Report on vaccination in the Province of Bengal - 1869-1873
Year: 1869
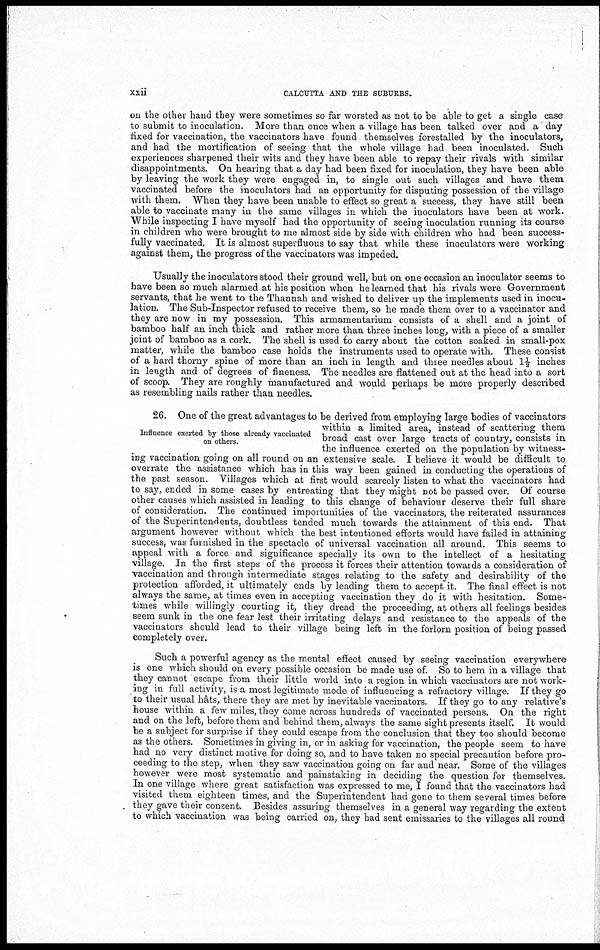
xxii
CALCUTTA AND THE SUBURBS.
on the other hand they were sometimes so far worsted as not to be able to get a single case
to submit to inoculation. More than once when a village has been talked over and a day
fixed for vaccination, the vaccinators have found themselves forestalled by the inoculators,
and had the mortification of seeing that the whole village had been inoculated. Such
experiences sharpened their wits and they have been able to repay their rivals with similar
disappointments. On hearing that a day had been fixed for inoculation, they have been able
by leaving the work they were engaged in, to single out such villages and have them
vaccinated before the inoculators had an opportunity for disputing possession of the village
with them. When they have been unable to effect so great a success, they have still been
able to vaccinate many in the same villages in which the inoculators have been at work.
While inspecting I have myself had the opportunity of seeing inoculation running its course
in children who were brought to me almost side by side with children who had been success-
fully vaccinated. It is almost superfluous to say that while these inoculators were working
against them, the progress of the vaccinators was impeded.
Usually the inoculators stood their ground well, but on one occasion an inoculator seems to
have been so much alarmed at his position when he learned that his rivals were Government
servants, that he went to the Thannah and wished to deliver up the implements used in inocu-
lation. The Sub-Inspector refused to receive them, so he made them over to a vaccinator and
they are now in my possession. This armamentarium consists of a shell and a joint of
bamboo half an inch thick and rather more than three inches long, with a piece of a smaller
joint of bamboo as a cork. The shell is used to carry about the cotton soaked in small-pox
matter, while the bamboo case holds the instruments used to operate with. These consist
of a hard thorny spine of more than an inch in length and three needles about 1½ inches
in length and of degrees of fineness. The needles are flattened out at the head into a sort
of scoop. They are roughly manufactured and would perhaps be more properly described
as resembling nails rather than needles.
Influence exerted by those already vaccinated
on others.
26. One of the great advantages to be derived from employing large bodies of vaccinators
within a limited area, instead of scattering them
broad cast over large tracts of country, consists in
the influence exerted on the population by witness-
ing vaccination going on all round on an extensive scale. I believe it would be difficult to
overrate the assistance which has in this way been gained in conducting the operations of
the past season. Villages which at first would scarcely listen to what the vaccinators had
to say, ended in some cases by entreating that they might not be passed over. Of course
other causes which assisted in leading to this change of behaviour deserve their full share
of consideration. The continued importunities of the vaccinators, the reiterated assurances
of the Superintendents, doubtless tended much towards the attainment of this end. That
argument however without which the best intentioned efforts would have failed in attaining
success, was furnished in the spectacle of universal vaccination all around. This seems to
appeal with a force and significance specially its own to the intellect of a hesitating
village. In the first steps of the process it forces their attention towards a consideration of
vaccination and through intermediate stages relating to the safety and desirability of the
protection afforded, it ultimately ends by leading them to accept it. The final effect is not
always the same, at times even in accepting vaccination they do it with hesitation. Some-
times while willingly courting it, they dread the proceeding, at others all feelings besides
seem sunk in the one fear lest their irritating delays and resistance to the appeals of the
vaccinators should lead to their village being left in the forlorn position of being passed
completely over.
Such a powerful agency as the mental effect caused by seeing vaccination everywhere
is one which should on every possible occasion be made use of. So to hem in a village that
they cannot escape from their little world into a region in which vaccinators are not work-
ing in full activity, is a most legitimate mode of influencing a refractory village. If they go
to their usual hâts, there they are met by inevitable vaccinators. If they go to any relative's
house within a few miles, they come across hundreds of vaccinated persons. On the right
and on the left, before them and behind them, always the same sight presents itself. It would
be a subject for surprise if they could escape from the conclusion that they too should become
as the others. Sometimes in giving in, or in asking for vaccination, the people seem to have
had no very distinct motive for doing so, and to have taken no special precaution before pro-
ceeding to the step, when they saw vaccination going on far and near. Some of the villages
however were most systematic and painstaking in deciding the question for themselves.
In one village where great satisfaction was expressed to me, I found that the vaccinators had
visited them eighteen times, and the Superintendent had gone to them several times before
they gave their consent. Besides assuring themselves in a general way regarding the extent
to which vaccination was being carried on, they had sent emissaries to the villages all round